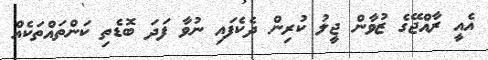
އެއީ ރާއްޖޭގެ ޒުވާން ޖީލު ކުރިން ދެކެފައި ނުވާ ފަދަ ބޮޑެތި ކަންތައްތަކެއް